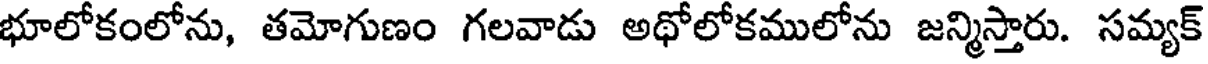
భూలోకంలోను, తమోగుణం గలవాడు అథోలోకములోను జన్మిస్తారు. సమ్యక్